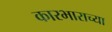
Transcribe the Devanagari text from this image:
कारभाराच्या